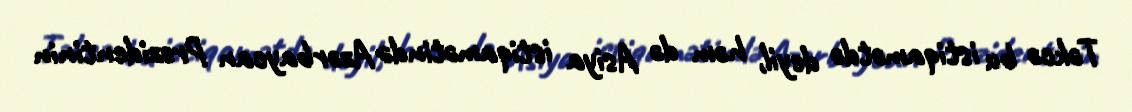
Təkcə bu istiqamətdə deyil, həm də Asiya istiqamətində Azərbaycan Prezidentinin